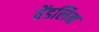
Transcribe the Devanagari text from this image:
वेंडलिन